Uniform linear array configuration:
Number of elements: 4
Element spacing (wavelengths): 1
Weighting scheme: kaiser
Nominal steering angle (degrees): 15
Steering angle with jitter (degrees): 15.224
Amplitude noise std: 0.05
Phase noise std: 0.05

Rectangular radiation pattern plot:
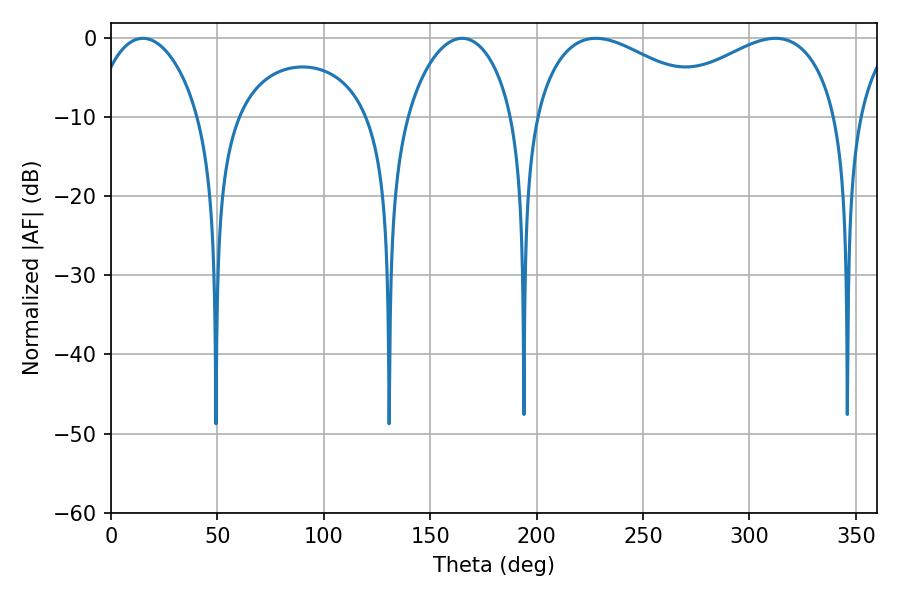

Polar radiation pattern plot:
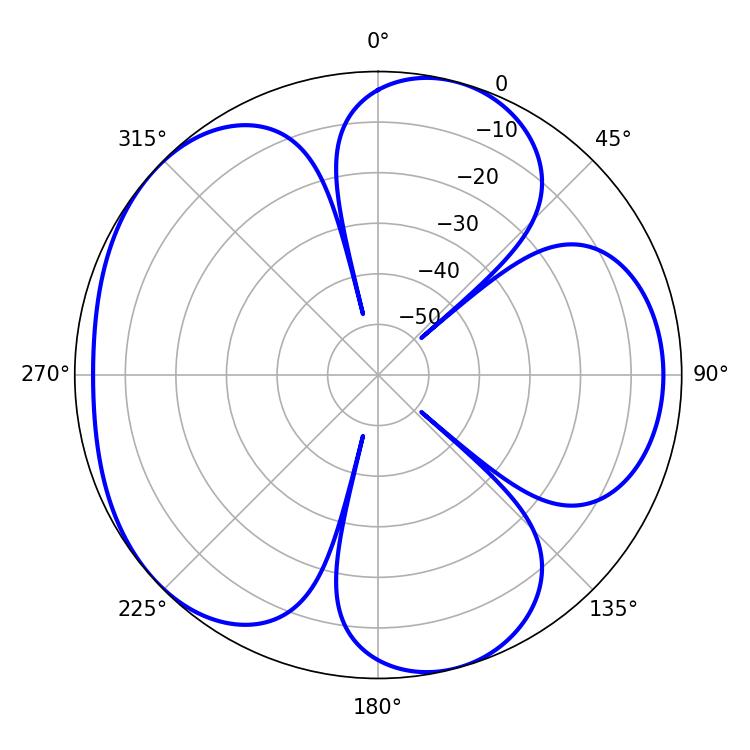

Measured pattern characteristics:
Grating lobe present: TRUE
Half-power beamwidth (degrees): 47.7
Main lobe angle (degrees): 227.88